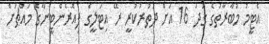
އެޓީމު މުބާރާތުގެ ގަދަ 16 އަށް ދަތުރުކުރީ ރޭ އިޓަލީގެ ފިއޮރެންޓީނާގެ މައްޗަށް